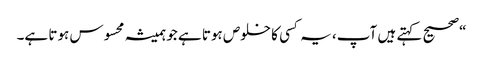
“صحیح کہتے ہیں آپ، یہ کسی کا خلوص ہوتا ہے جو ہمیشہ محسوس ہوتا ہے۔